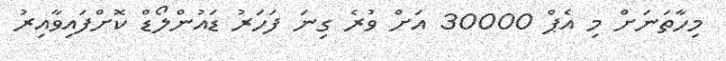
މިހާތަނަށް މި އެޕް 30000 އަށް ވުރެ ގިނަ ފަހަރު ޑައުންލޯޑް ކޮށްފައިވާއިރު